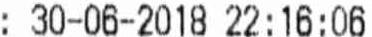
: 30-06-2018 22:16:06